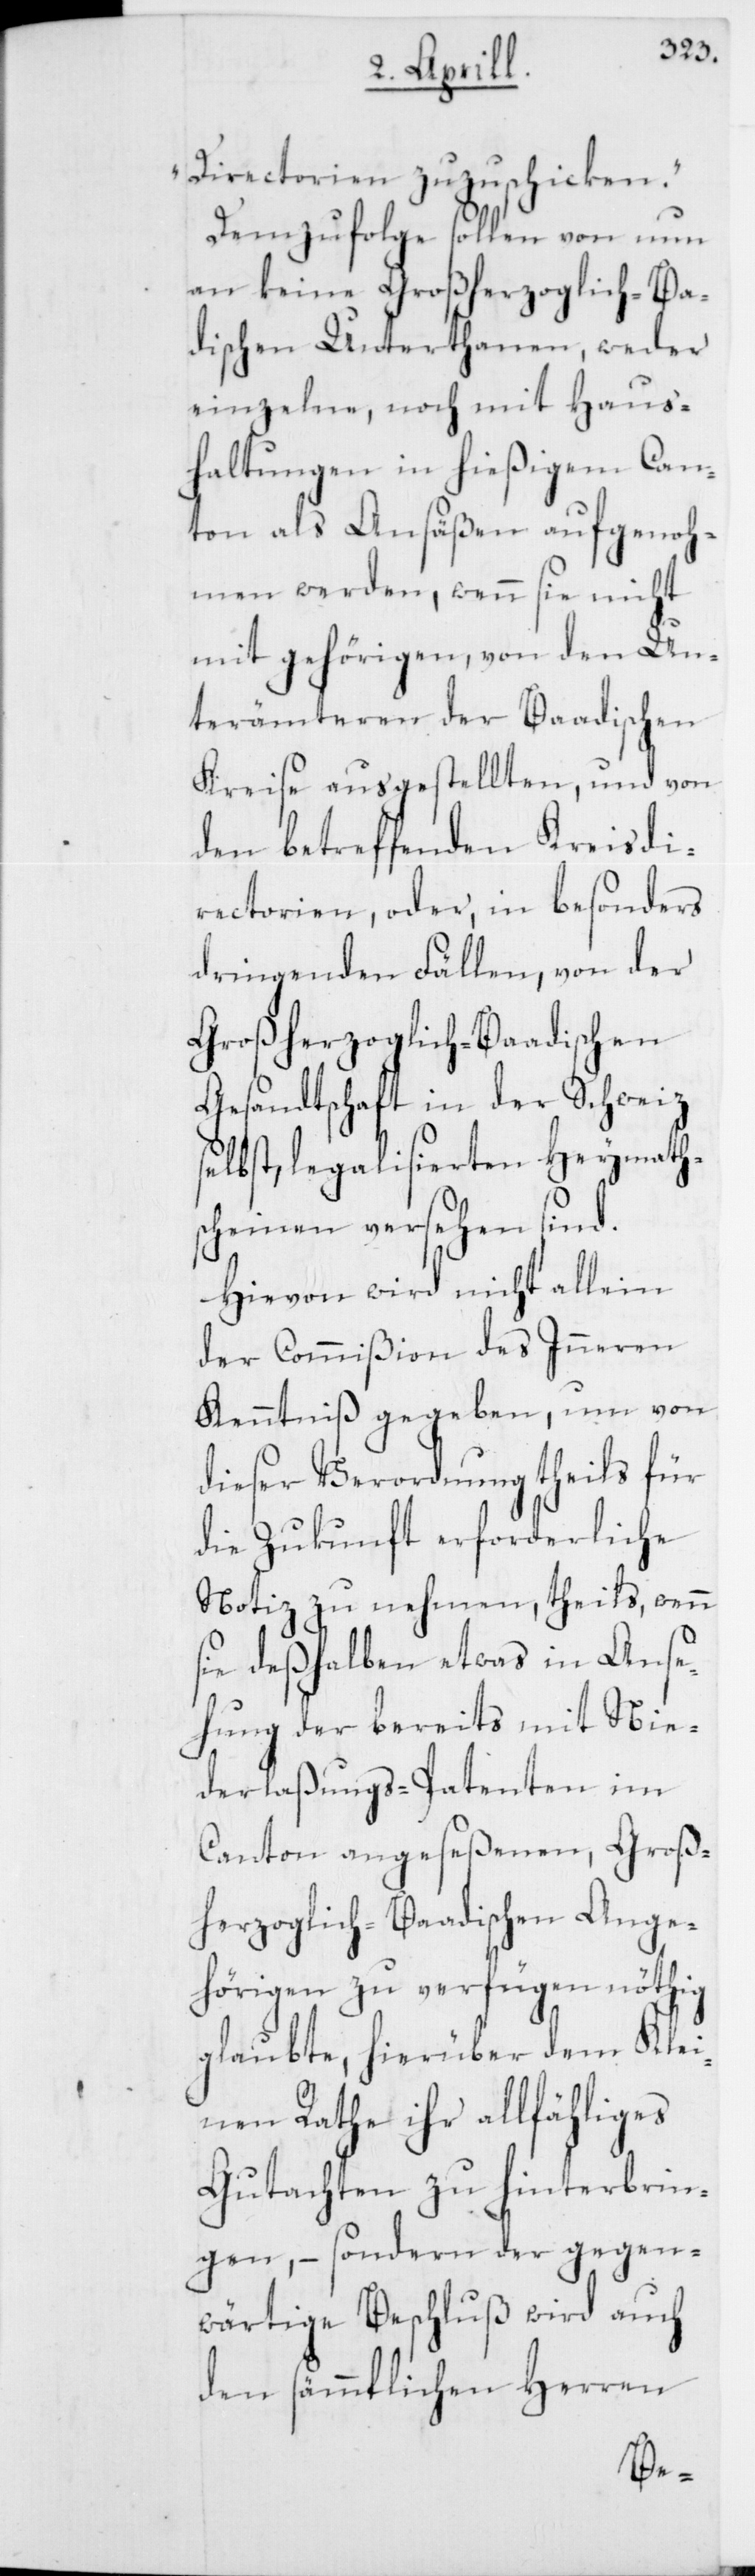
Directorien zuzuschicken.“
Demzufolge sollen von
terbrin¬
an keine Großherzoglich-Baa¬
dischen Unterthanen, weder
einzelne, noch mit Haus¬
haltungen in hießigem Can¬
ton als Ansäßen aufgenoh¬
men werden, wenn sie nicht
mit gehörigen, von den Un¬
terämteren der Baadischen
Kreise ausgestellten, und von
den betreffenden Kreisdi¬
rectorien, oder in besonders
dringenden Fällen, von der
Großherzoglich-Baadischen
Gesandtschaft in der Schweiz
selbst, legalisierten Heymath¬
scheinen versehen sind.
Hievon wird nicht allein
der Commißion des Inneren
Kenntniß gegeben, um von
dieser Verordnung theils für
die Zukunft erforderliche
Notiz zu nehmen, theils, wenn
sie deßhalben etwas in Anse¬
hung der bereits mit Nie¬
derlaßungs-Patenten im
Canton angeseßenen, Groß¬
herzoglich Baadischen Ange¬
ähl¬
hörigen zu verfügen
glaubte, hierüber
nen Rathe ihr allf¬
Gutachten zu hin¬
gen, – sondern der gegen¬
wärtige Beschluß wird auch
ren
den sämmtlichen Her¬